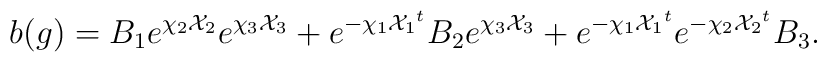
b(g) = B_1 e^{\chi_2{\cal X}_2} e^{\chi_3{\cal X}_3} + e^{-\chi_1{{\cal X}_1}^t} B_2 e^{\chi_3{\cal X}_3} + e^{-\chi_1{{\cal X}_1}^t} e^{-\chi_2{{\cal X}_2}^t} B_3.